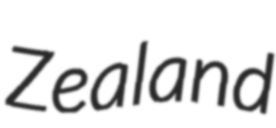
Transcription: Zealand